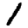
Digit: 1